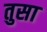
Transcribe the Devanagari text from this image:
तुसा